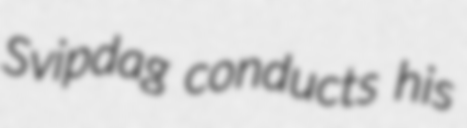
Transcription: Svipdag conducts his